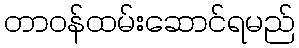
တာဝန်ထမ်းဆောင်ရမည်